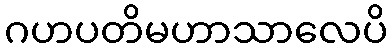
ဂဟပတိမဟာသာလေပိ